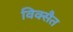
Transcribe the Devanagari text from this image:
विक्सैत